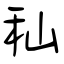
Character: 秈